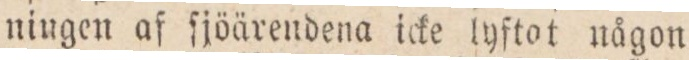
ningen af ſjöärendena icke lyftot någon